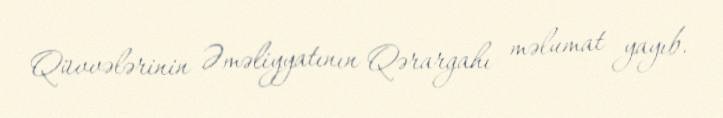
Qüvvələrinin Əməliyyatının Qərargahı məlumat yayıb.